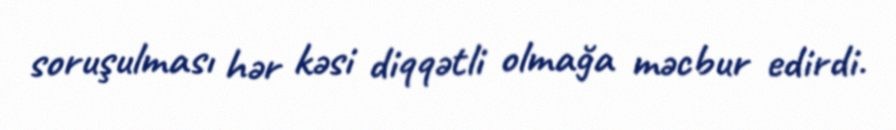
soruşulması hər kəsi diqqətli olmağa məcbur edirdi.